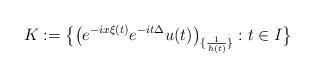
LaTeX: \begin{align*}K:= \bigl\{ \bigl(e^{-ix\xi(t)} e^{-it \Delta} u(t)\bigr)_{\{\frac{1}{h(t)}\}}: t \in I \bigr\}\end{align*}